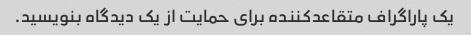
یک پاراگراف متقاعدکننده برای حمایت از یک دیدگاه بنویسید.